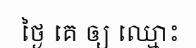
ថ្ងៃ គេ ឲ្យ ឈ្មោះ